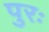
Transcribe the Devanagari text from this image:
पुरः